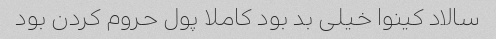
سالاد کینوا خیلی بد بود کاملا پول حروم کردن بود